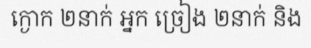
ក្ងោក ២នាក់ អ្នក ច្រៀង ២នាក់ និង